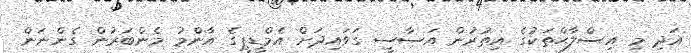
އަދި މި އިސްލާޙްތަކުގެ އިތުރުން އަސާސީ ގަވައިދަށް އެމްޑީޕީގެ އާންމު މެންބަރުން ގެންނަން